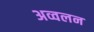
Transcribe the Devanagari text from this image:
अव्वलन